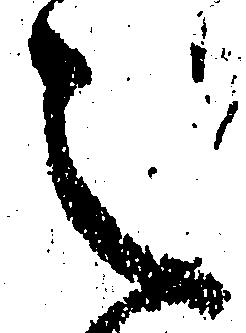
之